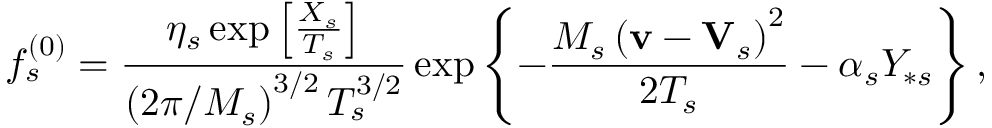
f _ { s } ^ { \left( 0 \right) } = \frac { \eta _ { s } \exp \left[ \frac { X _ { s } } { T _ { s } } \right] } { \left( 2 \pi / M _ { s } \right) ^ { 3 / 2 } T _ { s } ^ { 3 / 2 } } \exp \left\{ - \frac { M _ { s } \left( \mathbf { v } - \mathbf { V } _ { s } \right) ^ { 2 } } { 2 T _ { s } } - \alpha _ { s } Y _ { \ast s } \right\} ,